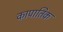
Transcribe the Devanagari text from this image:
कापातिक